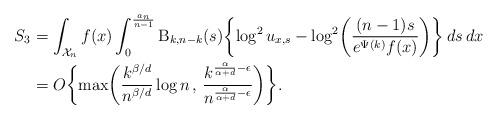
LaTeX: \begin{align*}S_3 &= \int_{\mathcal{X}_n} f(x) \int_0^{\frac{a_n}{n-1}} \mathrm{B}_{k,n-k}(s) \biggl\{\log^2 u_{x,s} - \log^2\biggl( \frac{(n-1)s}{e^{\Psi(k)}f(x)} \biggr)\biggr\} \, ds \, dx \\&= O\biggl\{\max\biggl( \frac{k^{\beta/d}}{n^{\beta/d}} \log n \, , \, \frac{k^{\frac{\alpha}{\alpha+d}-\epsilon}}{n^{\frac{\alpha}{\alpha+d}-\epsilon}} \biggr)\biggr\}.\end{align*}